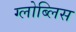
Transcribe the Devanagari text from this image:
ग्लोब्लिस